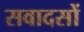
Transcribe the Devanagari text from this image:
सवादसों